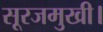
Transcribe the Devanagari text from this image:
सूरजमुखी।